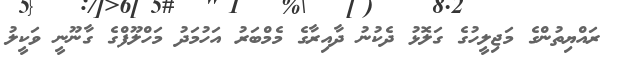
ރައްޔިތުންގެ މަޖިލީހުގެ ގަލޮޅު ދެކުނު ދާއިރާގެ މެމްބަރު އަހުމަދު މަހްލޫފްގެ ގާނޫނީ ވަކީލު